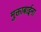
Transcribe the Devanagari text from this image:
मुक्ताबाईना